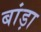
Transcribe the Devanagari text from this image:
बांड़ा